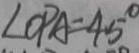
\angle O P A = 4 5 ^ { \circ }